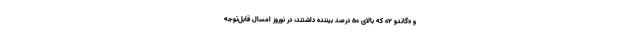
و «گاندو ۲» که بالای ۵۰ درصد بیننده داشتند، در نوروز امسال قابل‌توجه